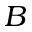
B